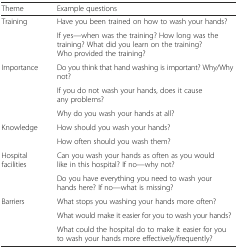
<table><thead><tr><td><b>Theme</b></td><td><b>Example questions</b></td></tr></thead><tbody><tr><td rowspan="2">Training</td><td>Have you been trained on how to wash your hands?</td></tr><tr><td>If yes—when was the training? How long was the training? What did you learn on the training? Who provided the training?</td></tr><tr><td rowspan="3">Importance</td><td>Do you think that hand washing is important? Why/Why not?</td></tr><tr><td>If you do not wash your hands, does it cause any problems?</td></tr><tr><td>Why do you wash your hands at all?</td></tr><tr><td rowspan="2">Knowledge</td><td>How should you wash your hands?</td></tr><tr><td>How often should you wash them?</td></tr><tr><td rowspan="2">Hospital facilities</td><td>Can you wash your hands as often as you would like in this hospital? If no—why not?</td></tr><tr><td>Do you have everything you need to wash your hands here? If no—what is missing?</td></tr><tr><td rowspan="3">Barriers</td><td>What stops you washing your hands more often?</td></tr><tr><td>What would make it easier for you to wash your hands?</td></tr><tr><td>What could the hospital do to make it easier for you to wash your hands more effectively/frequently?</td></tr></tbody></table>